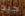
جيد